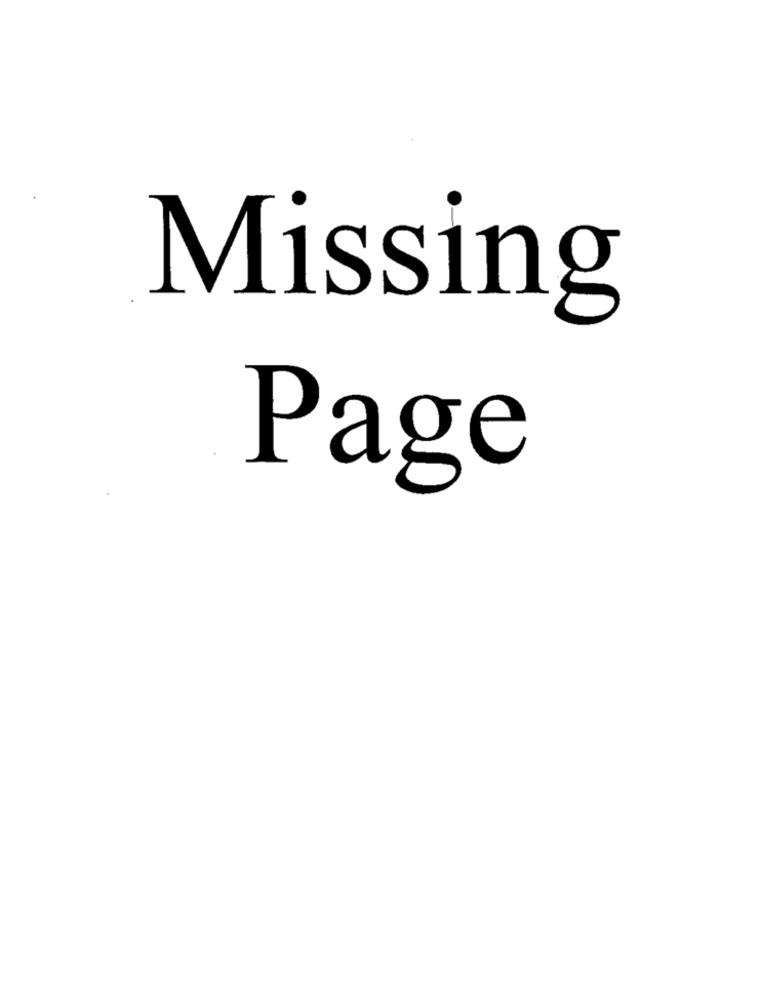
Missing
Page